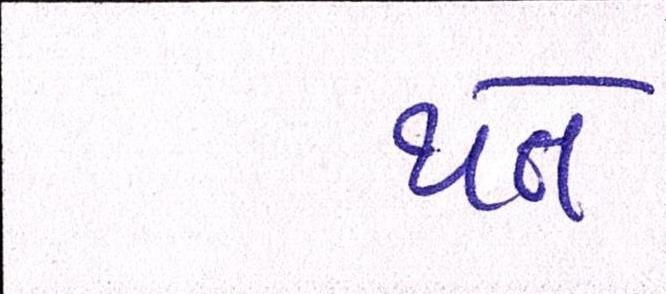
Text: થતે